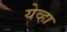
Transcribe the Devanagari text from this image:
येव्हा